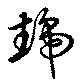
虣